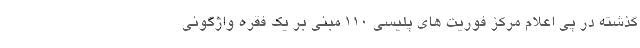
گذشته در پی اعلام مرکز فوریت های پلیسی 110 مبنی بر یک فقره واژگونی